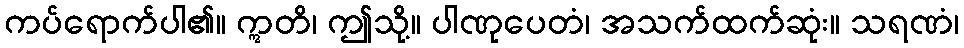
ကပ်ရောက်ပါ၏။ ဣတိ၊ ဤသို့။ ပါဏုပေတံ၊ အသက်ထက်ဆုံး။ သရဏံ၊